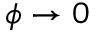
\phi \rightarrow 0